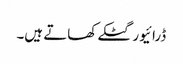
ڈرائیور گٹکے کھاتے ہیں۔